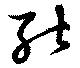
能